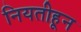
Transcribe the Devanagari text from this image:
नियतीहून